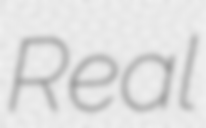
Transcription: Real